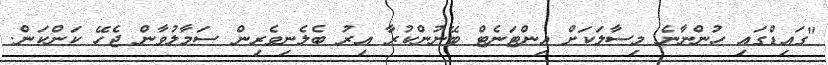
"ގައިޑްގައި ހުންނާނެ މިސާލަކަށް އިންޓަނެޓް ބޭނުންކުރާ އިރު ބެލެނިވެރިން ސަމާލުވާން ޖެހޭ ކަންކަން.